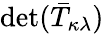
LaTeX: \operatorname*{det}({\bar{T}}_{\kappa\lambda})